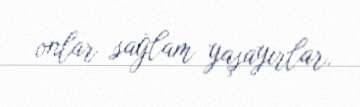
onlar sağlam yaşayırlar.